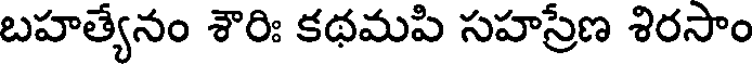
బహత్యేనం శౌరిః కథమపి సహస్రేణ శిరసాం